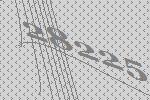
28225